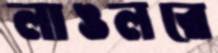
লাঙলরে